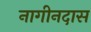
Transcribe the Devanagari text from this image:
नागीनदास